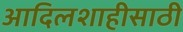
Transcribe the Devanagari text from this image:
आदिलशाहीसाठी